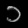
Digit: ၁